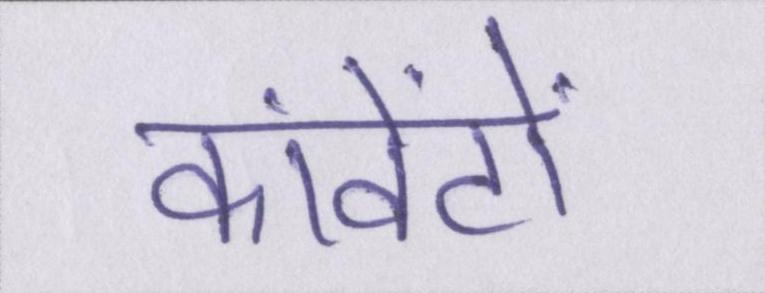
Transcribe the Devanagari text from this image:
कांवेंटों